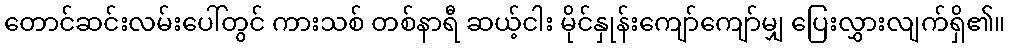
တောင်ဆင်းလမ်းပေါ်တွင် ကားသစ် တစ်နာရီ ဆယ့်ငါး မိုင်နှုန်းကျော်ကျော်မျှ ပြေးလွှားလျက်ရှိ၏။